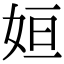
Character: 姮